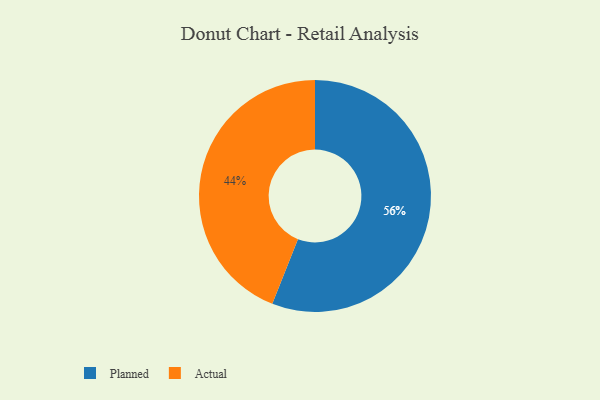
{"axis": {"x": "Category", "y": "Percentage"}, "legend": ["Actual", "Planned"], "data": [{"x": "Planned", "y": 56, "type": "Planned"}, {"x": "Actual", "y": 44, "type": "Actual"}]}